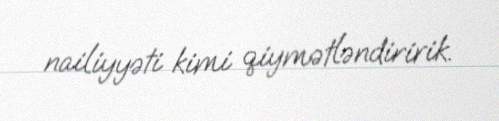
nailiyyəti kimi qiymətləndiririk.